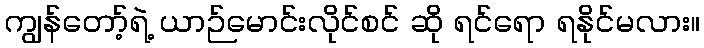
ကျွန်တော့်ရဲ့ ယာဉ်မောင်းလိုင်စင် ဆို ရင်ရော ရနိုင်မလား။